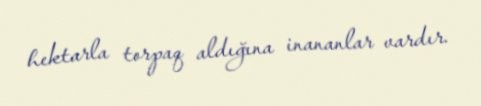
hektarla torpaq aldığına inananlar vardır.